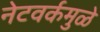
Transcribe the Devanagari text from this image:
नेटवर्कमुळे